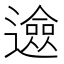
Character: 𨗦